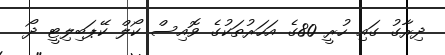
ދިރާގު ގައި ހުރީ 80ގެ އަހަރުތަކުގެ ވޮއިސް ކޯލް ކޭޕަބިލިޓީ ދޯ